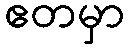
ဧတမှာ